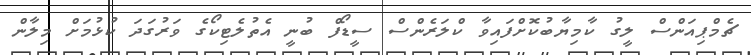
ޗެމްޕިއަންސް ލީގު ކާމިޔާބުކޮށްފައިވާ ކްލަރެންސް ސީޑޯފް ބުނީ އެތުލެޓިކޯގެ ވަރުގަދަ ކުޅުމަށް މިލާން